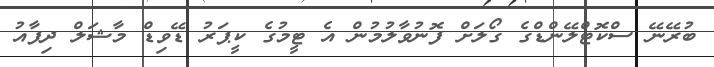
ބުރޭނޭ ސްކޮޓްލޭންޑްގެ ގޯލަށް ފޮނުވާލުމުން އެ ޓީމުގެ ކީޕަރު ޑޭވިޑް މާޝަލް ދިފާއު